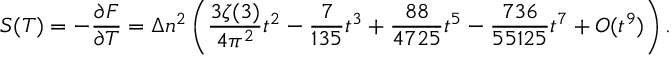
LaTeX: S ( T ) = - \frac { \partial F } { \partial T } = \Delta n ^ { 2 } \left( \frac { 3 \zeta ( 3 ) } { 4 \pi ^ { 2 } } t ^ { 2 } - \frac { 7 } { 1 3 5 } t ^ { 3 } + \frac { 8 8 } { 4 7 2 5 } t ^ { 5 } - \frac { 7 3 6 } { 5 5 1 2 5 } t ^ { 7 } + { \cal O } ( t ^ { 9 } ) \right) { . }